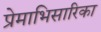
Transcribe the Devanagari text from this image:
प्रेमाभिसारिका